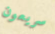
سريعون